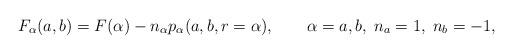
LaTeX: \begin{align*}F_{\alpha }(a,b)=F(\alpha )-n_{\alpha }p_{\alpha }(a,b,r=\alpha ),\qquad\alpha =a,b,\;n_{a}=1,\;n_{b}=-1, \end{align*}